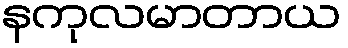
နကုလမာတာယ